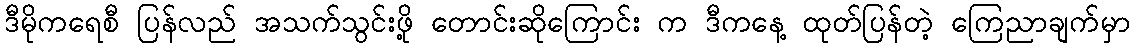
ဒီမိုကရေစီ ပြန်လည် အသက်သွင်းဖို့ တောင်းဆိုကြောင်း က ဒီကနေ့ ထုတ်ပြန်တဲ့ ကြေညာချက်မှာ